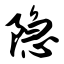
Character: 隐